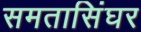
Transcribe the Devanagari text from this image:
समतासिंघर